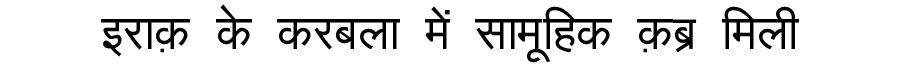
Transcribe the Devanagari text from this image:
इराक़ के करबला में सामूहिक क़ब्र मिली